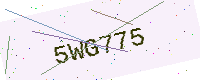
Text: 5WG775